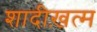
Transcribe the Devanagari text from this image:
शादीख़त्म